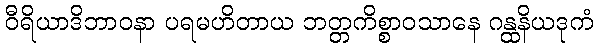
ဝီရိယာဒိဘာဝနာ ပရမဟိတာယ ဘတ္တကိစ္စာဝသာနေ ဂန္ထနိယဒုကံ